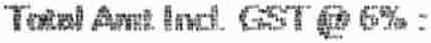
TOTAL AMT INCL. GST @ 6% :